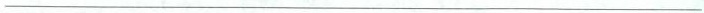
___